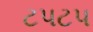
ટપટપ